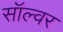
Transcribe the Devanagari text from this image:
सॉल्वर